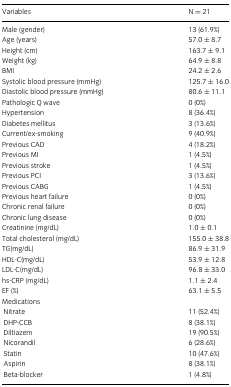
<table><thead><tr><td><b>Variables</b></td><td><b>N = 21</b></td></tr></thead><tbody><tr><td>Male (gender)</td><td>13 (61.9%)</td></tr><tr><td>Age (years)</td><td>57.0 ± 8.7</td></tr><tr><td>Height (cm)</td><td>163.7 ± 9.1</td></tr><tr><td>Weight (kg)</td><td>64.9 ± 8.8</td></tr><tr><td>BMI</td><td>24.2 ± 2.6</td></tr><tr><td>Systolic blood pressure (mmHg)</td><td>125.7 ± 16.0</td></tr><tr><td>Diastolic blood pressure (mmHg)</td><td>80.6 ± 11.1</td></tr><tr><td>Pathologic Q wave</td><td>0 (0%)</td></tr><tr><td>Hypertension</td><td>8 (36.4%)</td></tr><tr><td>Diabetes mellitus</td><td>3 (13.6%)</td></tr><tr><td>Current/ex-smoking</td><td>9 (40.9%)</td></tr><tr><td>Previous CAD</td><td>4 (18.2%)</td></tr><tr><td>Previous MI</td><td>1 (4.5%)</td></tr><tr><td>Previous stroke</td><td>1 (4.5%)</td></tr><tr><td>Previous PCI</td><td>3 (13.6%)</td></tr><tr><td>Previous CABG</td><td>1 (4.5%)</td></tr><tr><td>Previous heart failure</td><td>0 (0%)</td></tr><tr><td>Chronic renal failure</td><td>0 (0%)</td></tr><tr><td>Chronic lung disease</td><td>0 (0%)</td></tr><tr><td>Creatinine (mg/dL)</td><td>1.0 ± 0.1</td></tr><tr><td>Total cholesterol (mg/dL)</td><td>155.0 ± 38.8</td></tr><tr><td>TG(mg/dL)</td><td>86.9 ± 31.9</td></tr><tr><td>HDL-C(mg/dL)</td><td>53.9 ± 12.8</td></tr><tr><td>LDL-C(mg/dL)</td><td>96.8 ± 33.0</td></tr><tr><td>hs-CRP (mg/dL)</td><td>1.1 ± 2.4</td></tr><tr><td>EF (%)</td><td>63.1 ± 5.5</td></tr><tr><td colspan="2">Medications</td></tr><tr><td>Nitrate</td><td>11 (52.4%)</td></tr><tr><td>DHP-CCB</td><td>8 (38.1%)</td></tr><tr><td>Diltiazem</td><td>19 (90.5%)</td></tr><tr><td>Nicorandil</td><td>6 (28.6%)</td></tr><tr><td>Statin</td><td>10 (47.6%)</td></tr><tr><td>Aspirin</td><td>8 (38.1%)</td></tr><tr><td>Beta-blocker</td><td>1 (4.8%)</td></tr></tbody></table>